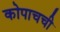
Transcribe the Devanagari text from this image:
कोपाचची